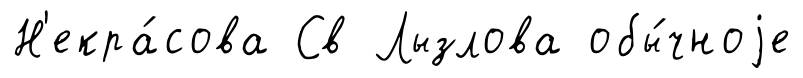
Н'екра́сова Св Лызлова обы́чноjе